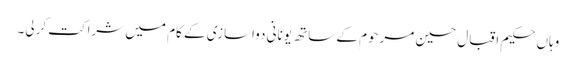
وہاں حکیم اقبال حسین مرحوم کے ساتھ یونانی دواسازی کے کام میں شراکت کرلی۔